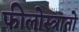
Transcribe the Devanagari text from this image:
फीलोस्त्रातो